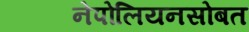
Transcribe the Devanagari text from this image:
नेपोलियनसोबत